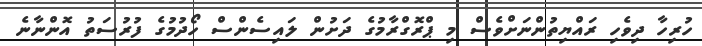
ހުރިހާ ދިވެހި ރައްޔިތުންނަށްވެސް މި ޕްރޮގްރާމުގެ ދަށުން ލައިސެންސް ހޯދުމުގެ ފުރުސަތު އޮންނާނެ